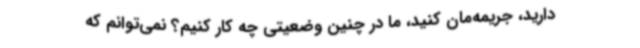
دارید، جریمه‌مان کنید، ما در چنین وضعیتی چه کار کنیم؟ نمی‌توانم که